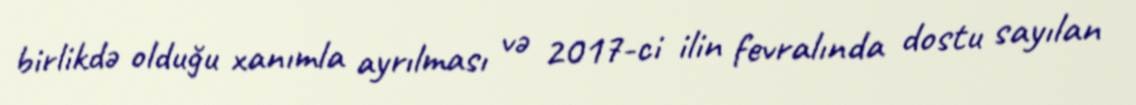
birlikdə olduğu xanımla ayrılması və 2017-ci ilin fevralında dostu sayılan